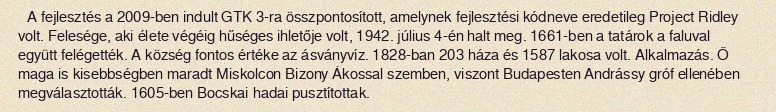
A fejlesztés a 2009-ben indult GTK 3-ra összpontosított, amelynek fejlesztési kódneve eredetileg Project Ridley volt. Felesége, aki élete végéig hűséges ihletője volt, 1942. július 4-én halt meg. 1661-ben a tatárok a faluval együtt felégették. A község fontos értéke az ásványvíz. 1828-ban 203 háza és 1587 lakosa volt. Alkalmazás. Ő maga is kisebbségben maradt Miskolcon Bizony Ákossal szemben, viszont Budapesten Andrássy gróf ellenében megválasztották. 1605-ben Bocskai hadai pusztítottak.